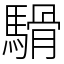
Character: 䮩